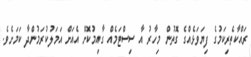
ރައްކާތެރިކަމުގެ ފިޔަވަޅެއްގެ ގޮތުން މިހާރު އާ ސިސްޓަމެއް ގާއިމުކޮށް އެއަށް އަމަލުކުރަމުންދާ ކަމަށެވެ.